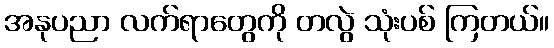
အနုပညာ လက်ရာတွေကို တလွဲ သုံးပစ် ကြတယ်။